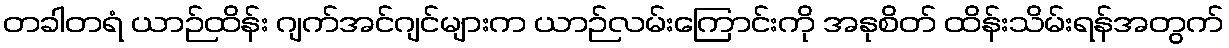
တခါတရံ ယာဉ်ထိန်း ဂျက်အင်ဂျင်များက ယာဉ်လမ်းကြောင်းကို အနုစိတ် ထိန်းသိမ်းရန်အတွက်